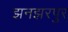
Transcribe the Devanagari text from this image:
झनझरपुर